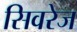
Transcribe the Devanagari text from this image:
सिवरेज